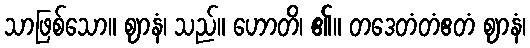
သာဖြစ်သော။ ဈာနံ၊ သည်။ ဟောတိ၊ ၏။ တဒေတံတံဧတံ ဈာနံ၊